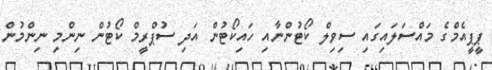
ޕީޕީއެމްގެ މައްސަލައިގައި ސިވިލް ކޯޓުންނާއި ހައިކޯޓުން އަދި ސުޕްރީމް ކޯޓުން ނިންމި ނިންމުން